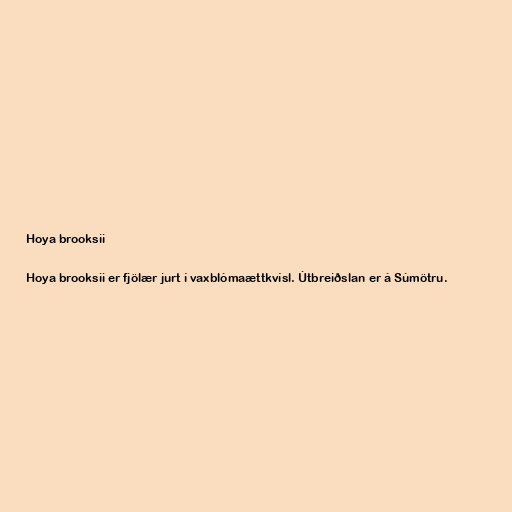
Hoya brooksii

Hoya brooksii er fjölær jurt í vaxblómaættkvísl. Útbreiðslan er á Súmötru.